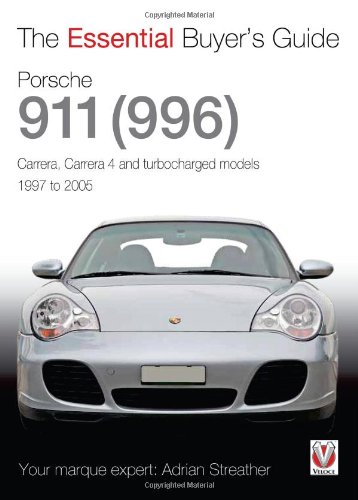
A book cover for Porsche 911 (996): Carrera, Carrera 4 and Turbocharged Models 1997 to 2005 (The Essential Buyer's Guide); Adrian Streather; Engineering & Transportation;